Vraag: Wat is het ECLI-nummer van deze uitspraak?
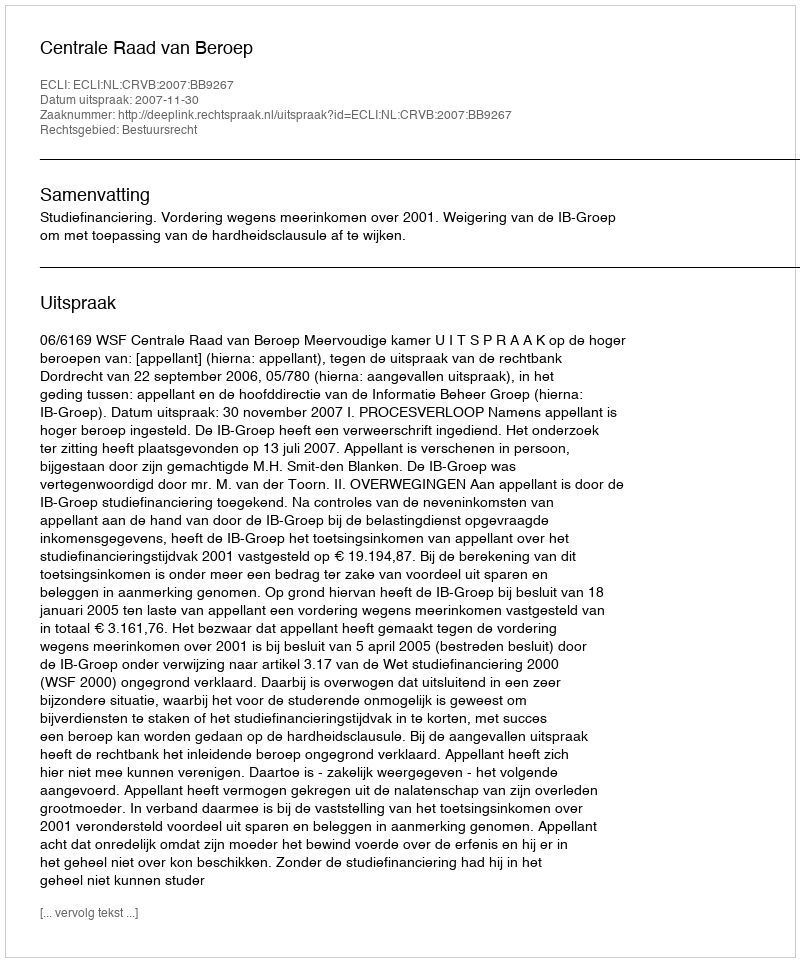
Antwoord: ECLI:NL:CRVB:2007:BB9267